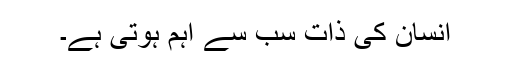
انسان کی ذات سب سے اہم ہوتی ہے۔